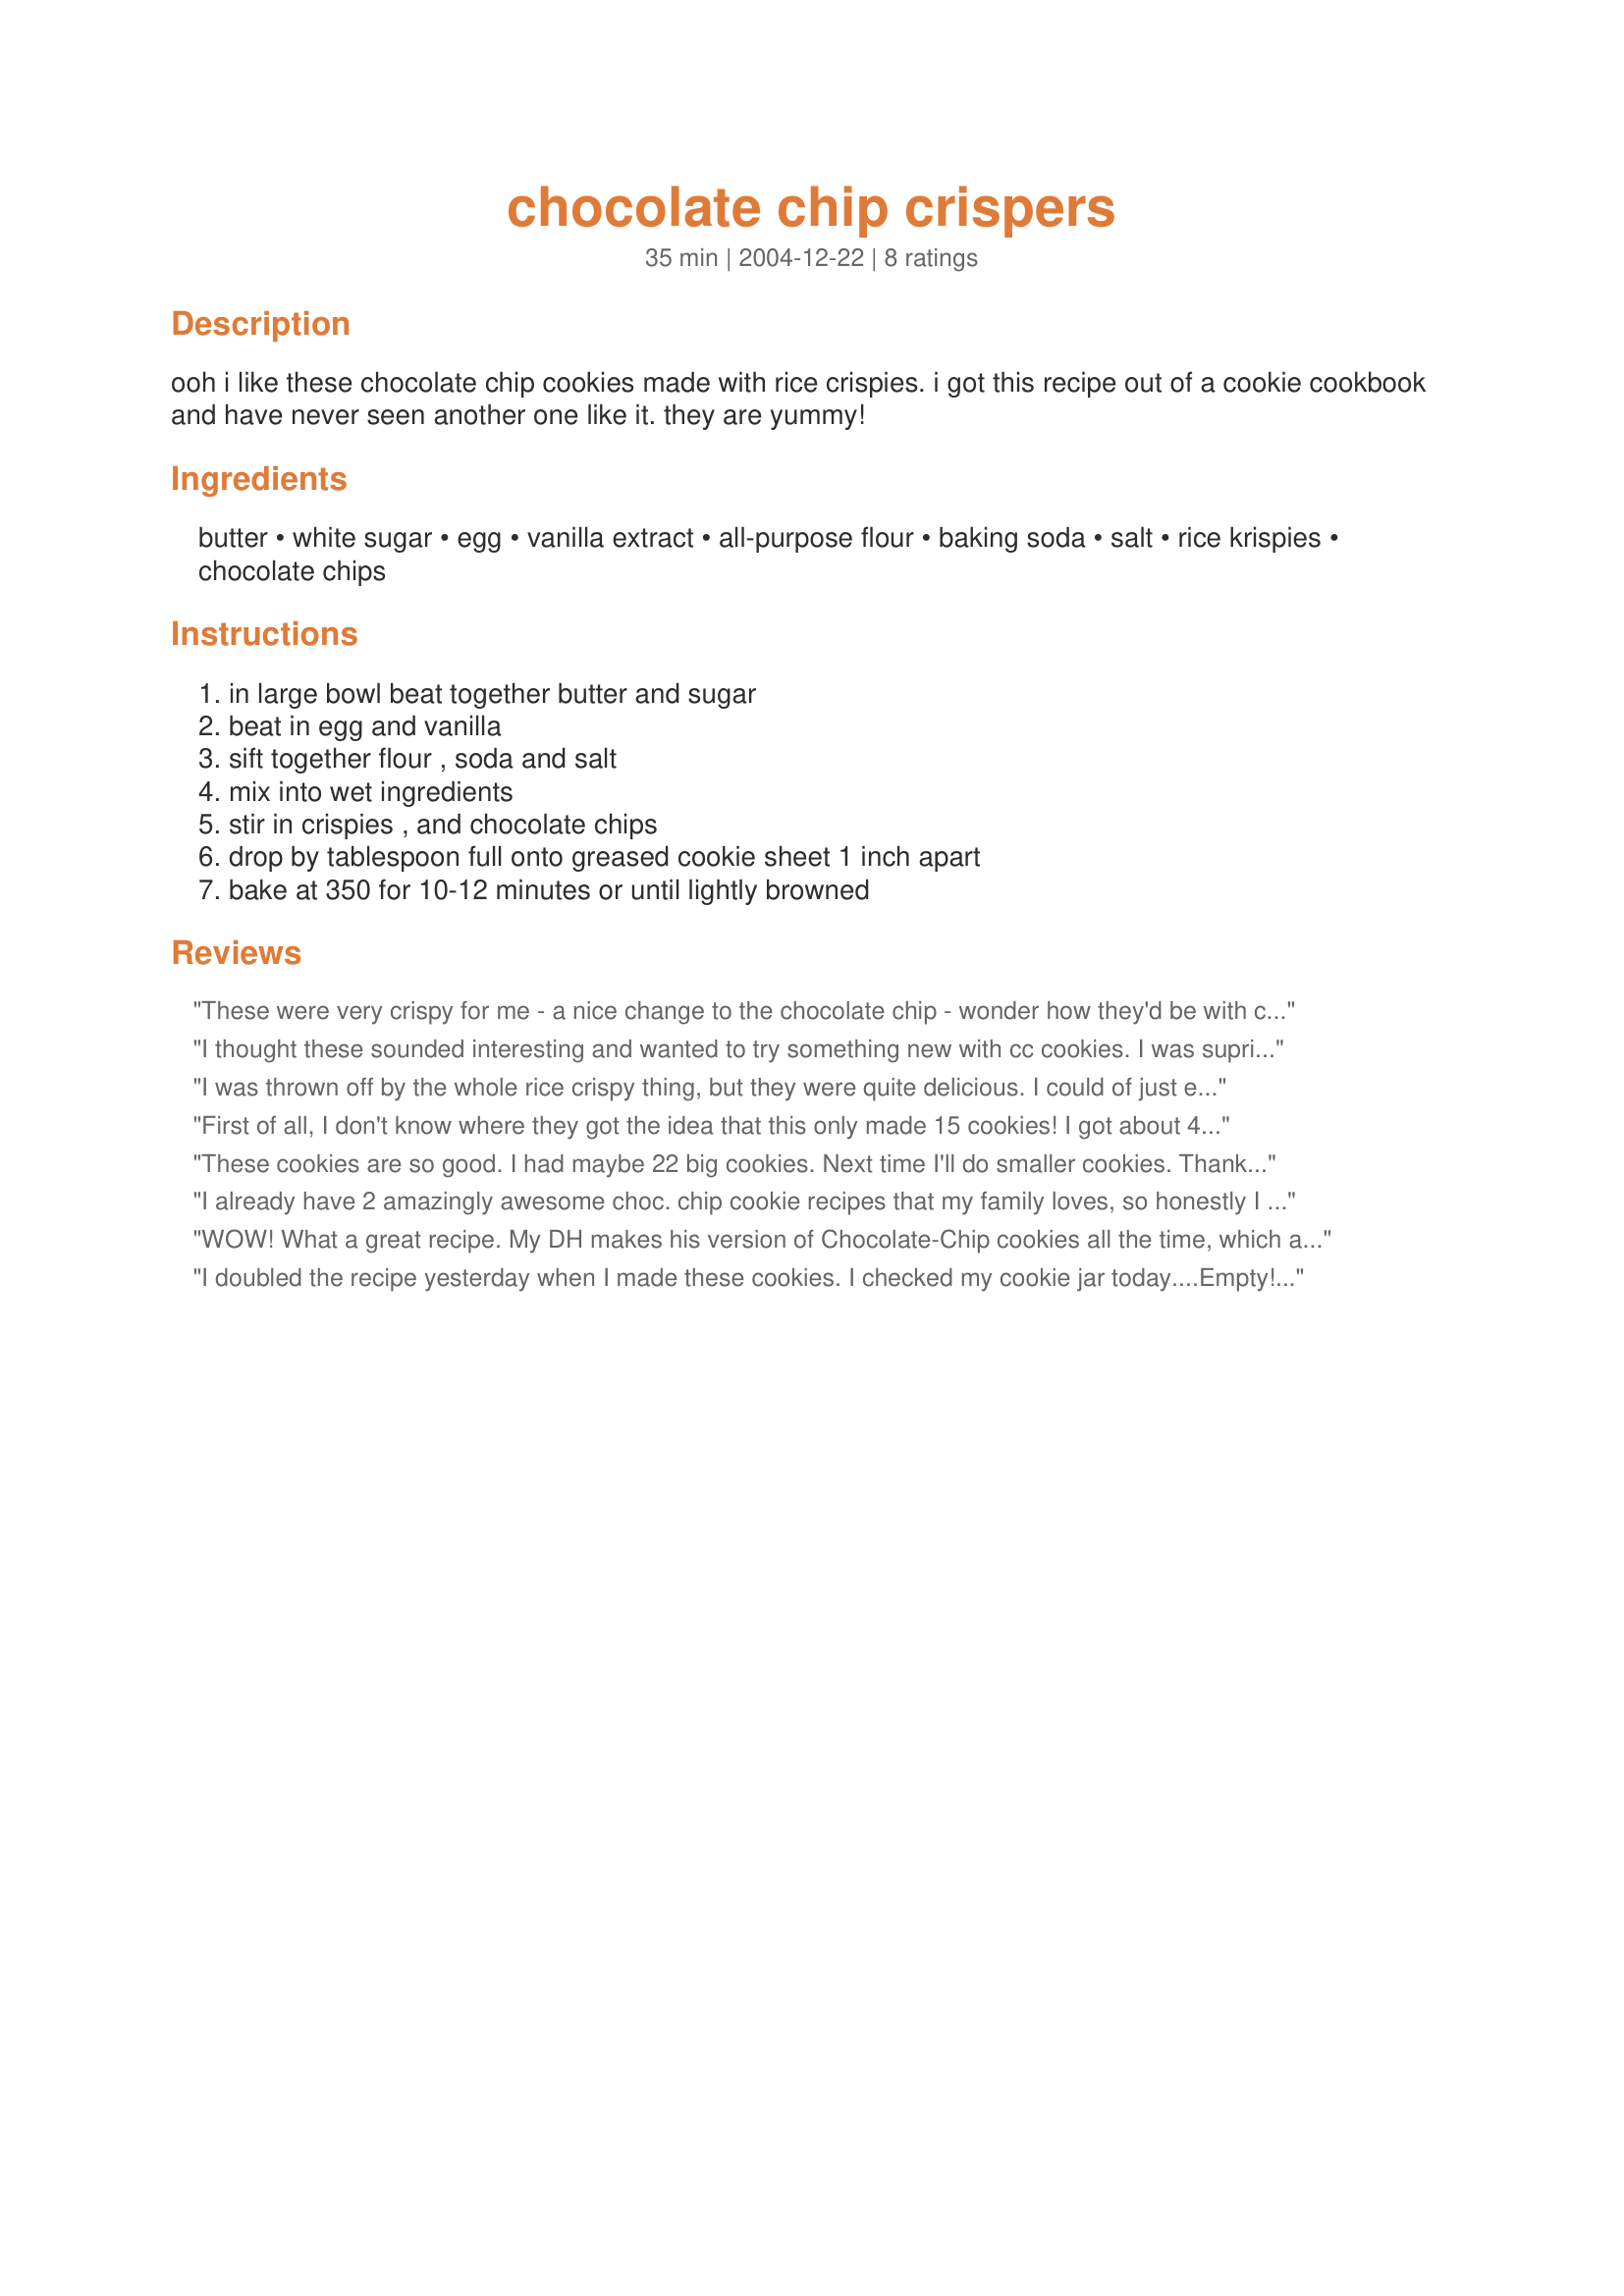
chocolate chip crispers
Preparation time: 35 minutes

ooh i like these chocolate chip cookies made with rice crispies. i got this recipe out of a cookie cookbook and have never seen another one like it. they are yummy!

Ingredients:
butter, white sugar, egg, vanilla extract, all-purpose flour, baking soda, salt, rice krispies, chocolate chips

Steps:
in large bowl beat together butter and sugar, beat in egg and vanilla, sift together flour , soda and salt, mix into wet ingredients, stir in crispies , and chocolate chips, drop by tablespoon full onto greased cookie sheet 1 inch apart, bake at 350 for 10-12 minutes or until lightly browned

Reviews:
These were very crispy for me - a nice change to the chocolate chip - wonder how they'd be with cranraisins instead of chips??
I thought these sounded interesting and wanted to try something new with cc cookies. I was suprised to see no brown sugar in the recipe, but you don't miss it in the taste. I thought the dough was great with the rice krispies in it. After baking, I expected them to remain crispy, but they actually get kinda hard and chewy. That's not a bad thing, jut not what I expected. The overall taste of the cookie is good though.
I was thrown off by the whole rice crispy thing, but they were quite delicious. I could of just eaten the dough and had been happy. I was expecting more of a crispy texture but instead got a more chewy one which I quite enjoyed. They were fabulous and I will make them again as they are easy! Thanks for the recipe! I made this for Fall PAC 2007
First of all, I don't know where they got the idea that this only made 15 cookies! I got about 4 dozen out of the recipe. These are pretty good, it's a nice change from the standard chocolate chip cookie. It is also really easy to make and it's one of those recipes that you always have everything in your kitchen already. Overall, not bad, I'll probably make them again.
These cookies are so good. I had maybe 22 big cookies. Next time I'll do smaller cookies. Thanks LizAnn :) Made for Holiday tag game.
I already have 2 amazingly awesome choc. chip cookie recipes that my family loves, so honestly I wasn't looking for another. But this one caught my attention when it only called for 1/2 cup butter. I made the recipe almost as stated, I used 1/2 cup white sugar and 1/4 cup brown sugar and reduced the choc chips to 3/4 cup. I also made the cookies smaller (got 45 small but not tiny cookies), so 10 min for baking was perfect. The reason for the few modifications I made was so that these would only be 1 POINT in WEIGHT WATCHERS WORLD. Although these are not my fave cookies (sorry) they really fill in that "I'm on a diet but am dying for a non-diet tasting cookie"! Thanks for sharing!
WOW! What a great recipe. My DH makes his version of Chocolate-Chip cookies all the time, which are the best, but I was looking for something a little different! I made these tonight, and the ooohs and awwwhs from the boys, even DH I knew I had a hit. This made a great batch of tasty, chocolat-te cookies! I loved the Rice Krispies in the recipe, I always underbake my cookies cuz I like them chewy. So cutting back on just a few minutes of baking I got just that. They do harden a little after cooking, but kept the consistency I was looking for. YUM! I will definitely make these again. Thanks for sharing such an easy and wonderful recipe! ~V
I doubled the recipe yesterday when I made these cookies. I checked my cookie jar today....Empty!!! So I had to buy more Rice Krispies today and make another double batch. MMMmmmmm
